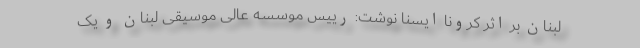
لبنان بر اثر کرونا ایسنا نوشت: رییس موسسه عالی موسیقی لبنان و یک